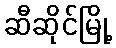
ဆီဆိုင်မြို့